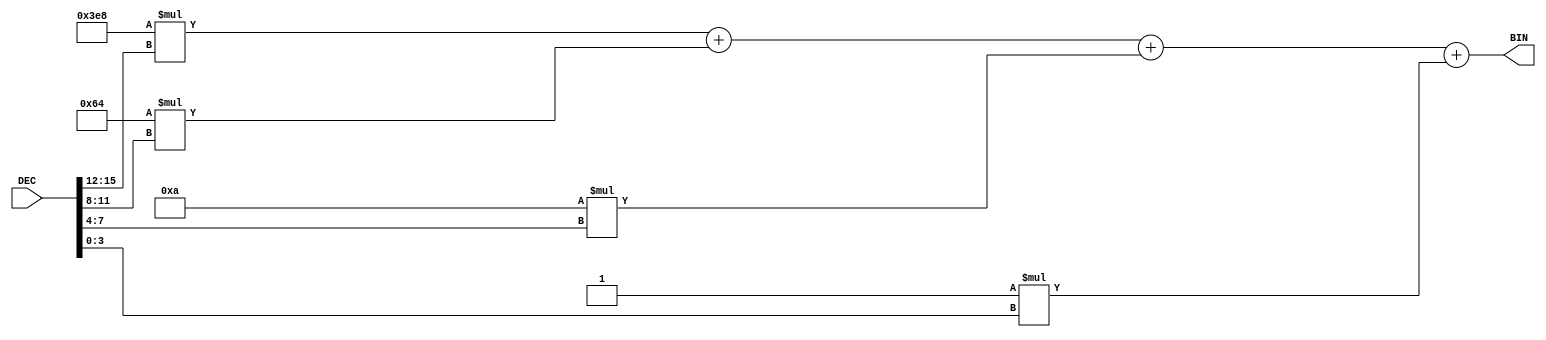
`timescale 1ns / 1ps


module DEC4_to_BIN16 (input [15:0] DEC, output wire [15:0] BIN);
assign BIN= 1000*DEC[15:12] +
				100*DEC[11:8] +
				10* DEC[7:4] +
				1* DEC[3:0] ;
endmodule